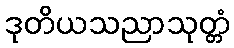
ဒုတိယသညာသုတ္တံ